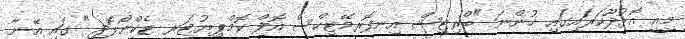
މިއީ އޮޅުދޫކަރައިގައި ހުންނަ "ބްރިޓިޝް އިނފޮރމޭޓިކްސް އޮފް ކޮމްޕިޔުޓަރ ޓެކްނޯލޮޖީ" ގައި އޭނާ